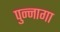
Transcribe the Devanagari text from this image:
पुन्नागा